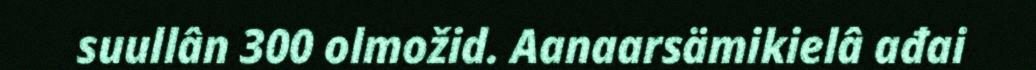
suullân 300 olmožid. Aanaarsämikielâ ađai